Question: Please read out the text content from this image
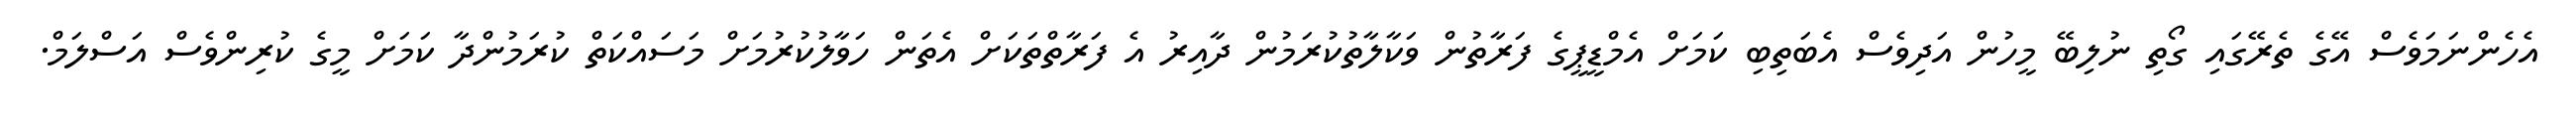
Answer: އެހެންނަމަވެސް އޭގެ ތެރޭގައި ގޯތި ނުލިބޭ މީހުން އަދިވެސް އެބަތިބި ކަމަށް އެމްޑީޕީގެ ފަރާތުން ވަކާލާތުކުރަމުން ދާއިރު އެ ފަރާތްތަކަށް އެތަން ހަވާލުކުރުމަށް މަސައްކަތް ކުރަމުންދާ ކަމަށް މީގެ ކުރިންވެސް އަސްލަމް.